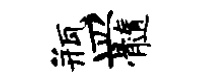
瓶皿髓